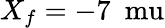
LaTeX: X_{f}=-7~\mathrm{\ mu}